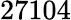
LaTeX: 27104